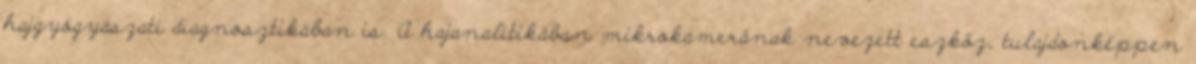
hajgyógyászati diagnosztikában is. A hajanalitikában mikrokamerának nevezett eszköz, tulajdonképpen